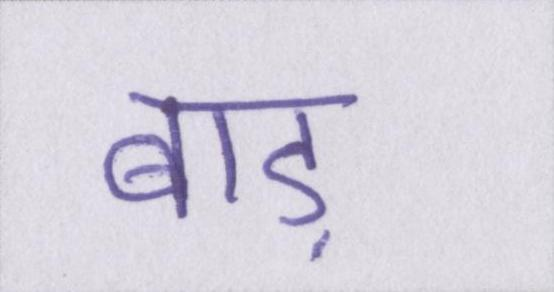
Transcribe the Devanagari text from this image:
बाड़